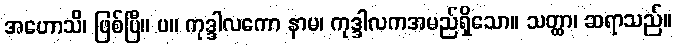
အဟောသိ၊ ဖြစ်ပြီ။ ပ။ ကုဒ္ဒါလကော နာမ၊ ကုဒ္ဒါလကအမည်ရှိသော။ သတ္ထာ၊ ဆရာသည်။